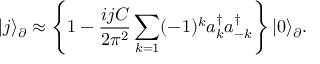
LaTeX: | j \rangle _ { \partial } \approx \left\lbrace 1 - \frac { i j C } { 2 \pi ^ { 2 } } \sum _ { k = 1 } ( - 1 ) ^ { k } a _ { k } ^ { \dagger } a _ { - k } ^ { \dagger } \right\rbrace | 0 \rangle _ { \partial } .